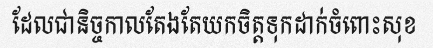
ដែលជានិច្ចកាលតែងតែយកចិត្តទុកដាក់ចំពោះសុខ